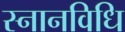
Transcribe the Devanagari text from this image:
स्नानविधि